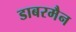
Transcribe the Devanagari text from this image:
डाबरमैन